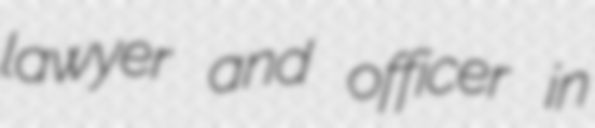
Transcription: lawyer and officer in